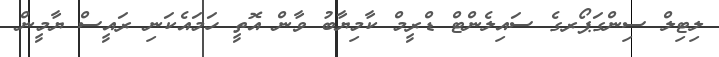
ލިޓިލް ސިންގަޕޯރގެ ސައިލެންޓް ޑްރީމް ކާމިޔާބު ވާން އޮތީ ހަމައެކަނި ރައީސް ޔާމީން